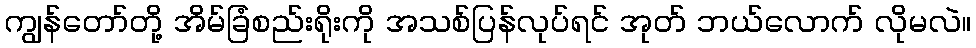
ကျွန်တော်တို့ အိမ်ခြံစည်းရိုးကို အသစ်ပြန်လုပ်ရင် အုတ် ဘယ်လောက် လိုမလဲ။